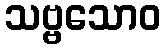
သဗ္ဗသောဝ